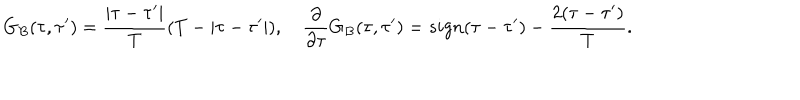
G _ { B } ( \tau , \tau ^ { \prime } ) = \frac { | \tau - \tau ^ { \prime } | } { T } ( T - | \tau - \tau ^ { \prime } | ) , \quad \frac { \partial } { \partial \tau } G _ { B } ( \tau , \tau ^ { \prime } ) = s i g n ( \tau - \tau ^ { \prime } ) - { \frac { 2 ( \tau - \tau ^ { \prime } ) } { T } } .